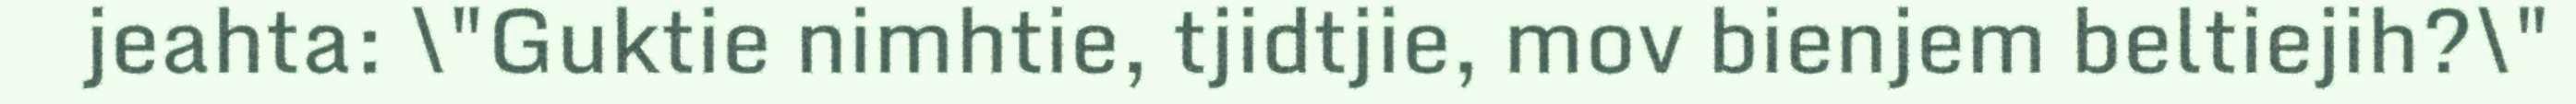
jeahta: \"Guktie nimhtie, tjidtjie, mov bienjem beltiejih?\"